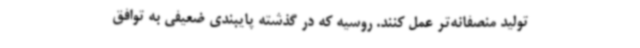
تولید منصفانه‌تر عمل کنند. روسیه که در گذشته پایبندی ضعیفی به توافق